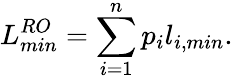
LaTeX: L_{min}^{RO}=\sum_{i=1}^{n}p_{i}l_{i,min}.